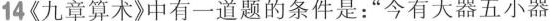
14《九章算术》中有一道题的条件是：”今有大器五小器